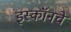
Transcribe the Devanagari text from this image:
इस्कॉनचे